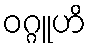
ဝဂ္ဂူဟိ